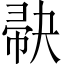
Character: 𪩺